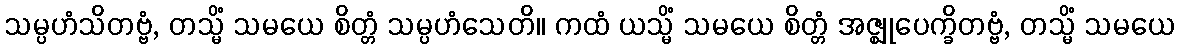
သမ္ပဟံသိတဗ္ဗံ, တသ္မိံ သမယေ စိတ္တံ သမ္ပဟံသေတိ။ ကထံ ယသ္မိံ သမယေ စိတ္တံ အဇ္ဈုပေက္ခိတဗ္ဗံ, တသ္မိံ သမယေ